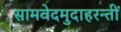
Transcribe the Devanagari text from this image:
सामवेदमुदाहरन्तीं